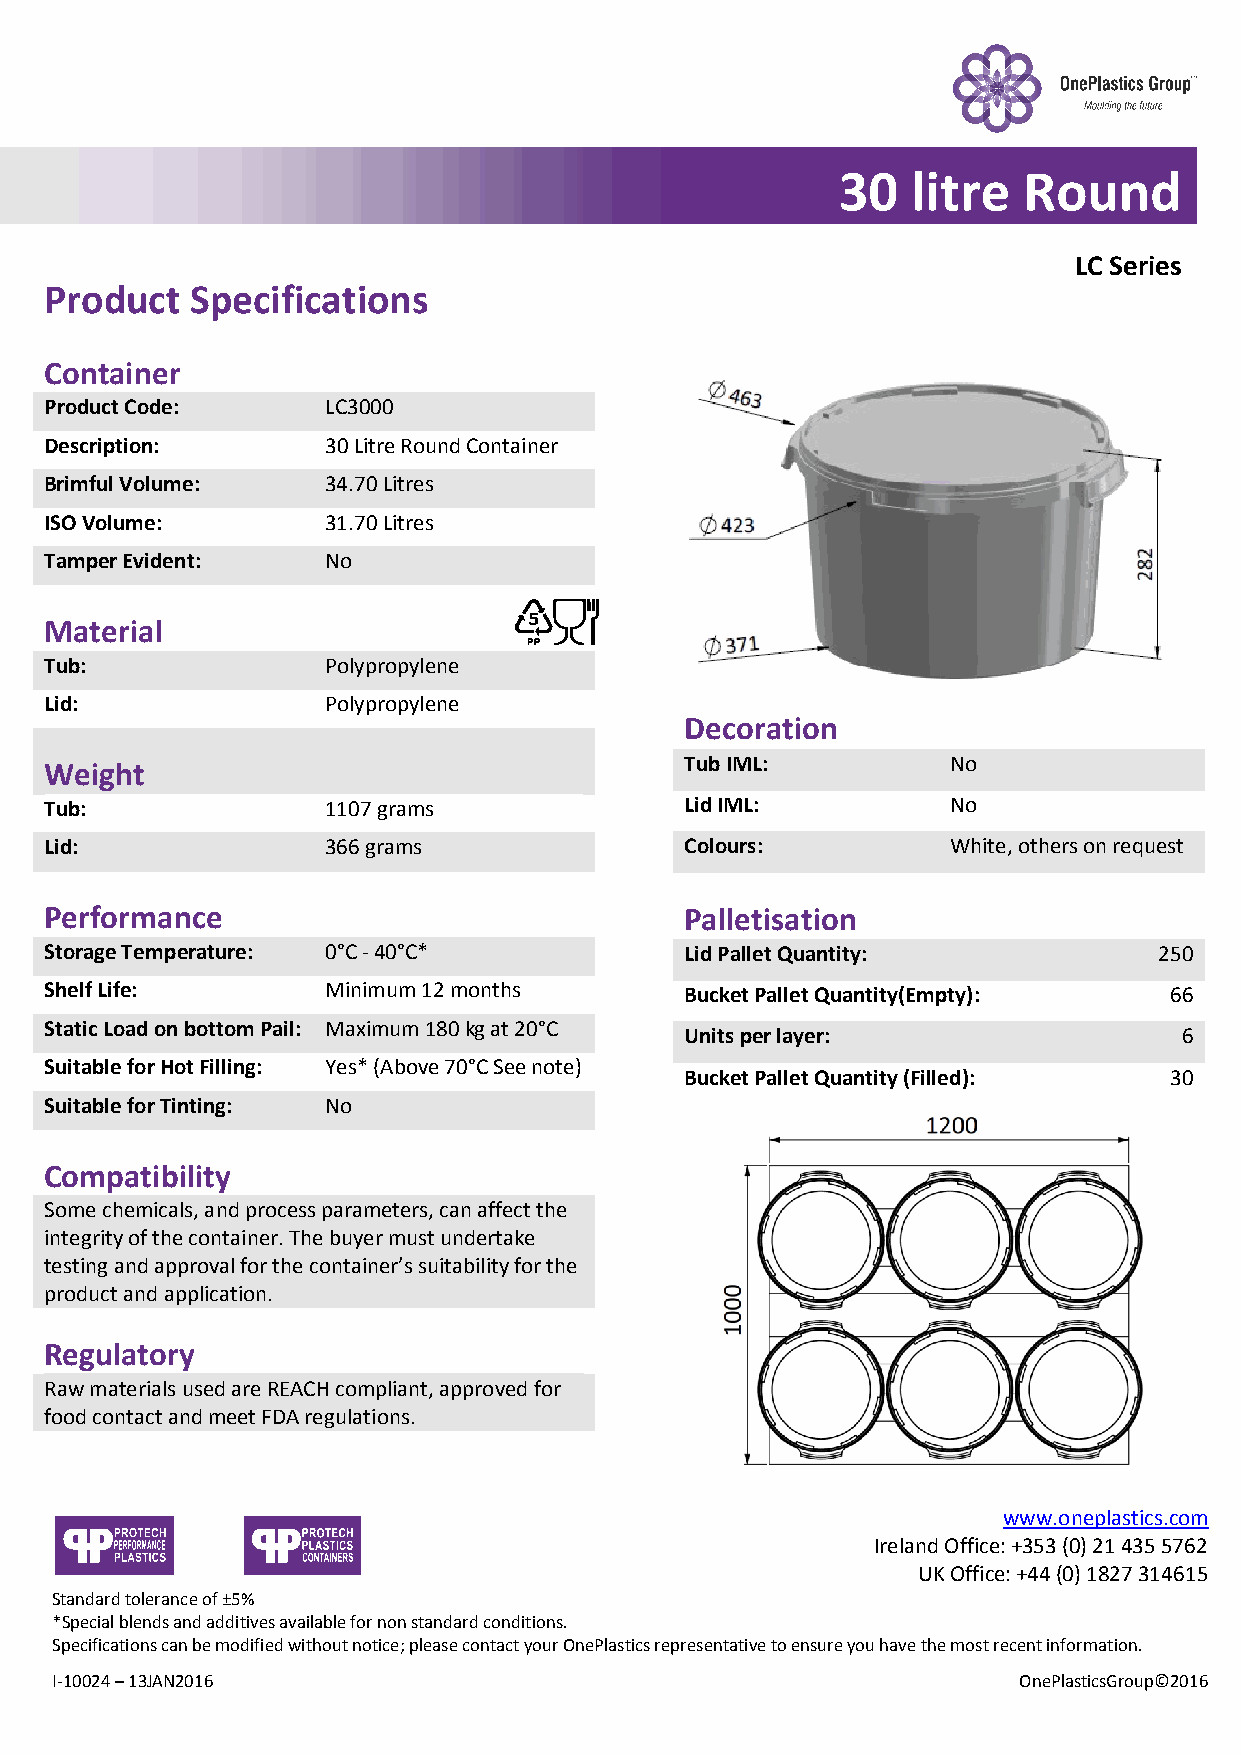
30  litre   Round
 LC Series
 Product   Specifications                   DL
 Container
 Product Code:      LC3000
 Description:       30 Litre Round Container
 Brimful Volume:    34.70 Litres
 ISO Volume:        31.70 Litres
 Tamper Evident:    No
 Material
 Tub:               Polypropylene
 Lid:               Polypropylene
 Decoration
 Tub IML:          No
 Weight
 Tub:               1107 grams             Lid IML:          No
 Lid:               366 grams              Colours:          White, others on request
 Performance                               Palletisation
 Storage Temperature: 0°C - 40°C*          Lid Pallet Quantity:            250
 Shelf Life:        Minimum 12 months      Bucket Pallet Quantity(Empty):  66
 Static Load on bottom Pail: Maximum 180 kg at 20°C
 Units per layer:                 6
 Suitable for Hot Filling: Yes* (Above 70°C See note)
 Bucket Pallet Quantity (Filled): 30
 Suitable for Tinting: No
 Compatibility
 Some chemicals, and process parameters, can affect the
 integrity of the container. The buyer must undertake
 testing and approval for the container’s suitability for the
 product and application.
 Regulatory
 Raw materials used are REACH compliant, approved for
 food contact and meet FDA regulations.
 www.oneplastics.com
 Ireland Office: +353 (0) 21 435 5762
 UK Office: +44 (0) 1827 314615
 Standard tolerance of ±5%
 *Special blends and additives available for non standard conditions.
 Specifications can be modified without notice; please contact your OnePlastics representative to ensure you have the most recent information.
 I-10024 – 13JAN2016                                             OnePlasticsGroup©2016